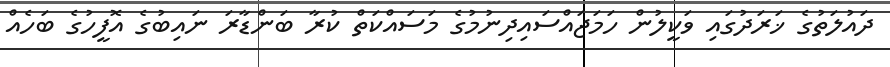
ދައުލަތުގެ ޚަރަދުގައި ވަކީލުން ހަމަޖައްސައިދިނުމުގެ މަސައްކަތް ކުރާ ބަންޑާރަ ނައިބުގެ އޮފީހުގެ ބަހެއް